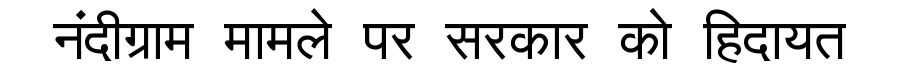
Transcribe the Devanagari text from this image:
नंदीग्राम मामले पर सरकार को हिदायत